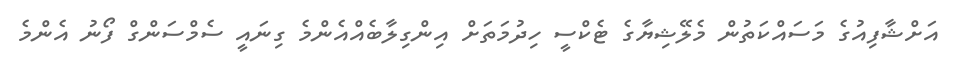
އަށްޝާފިއުގެ މަސައްކަތުން މެލޭޝިޔާގެ ޓެކްސީ ހިދުމަތަށް އިންގިލާބެއްއެންމެ ގިނައީ ސެމްސަންގް ފޯނު އެންމެ